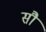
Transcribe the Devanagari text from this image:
साै